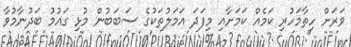
ވަރަށް ހިތާމަހުރި ކަމެއް ކަމަށާއި މިފަދަ އަމަލުތަކުގެ ސަބަބުން މުޅި ގައުމު ބަދުނާމުވާ